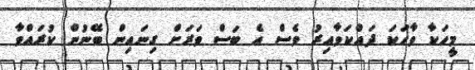
މީހަކާ ވާހަކަ ދައްކަވާއިރު ވެސް އެ ބަސް ވަރަށް ގިނައިން ބޭނުން ކުރައްވާ